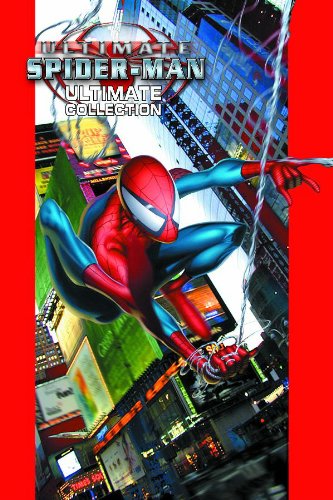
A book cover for Ultimate Spider-Man: Ultimate Collection, Vol. 1; Brian Michael Bendis; Comics & Graphic Novels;